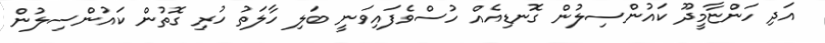
އަދި ހަންޏާމީދޫ ކައުންސިލުން ގޮނޑިއެއް ހުސްވެފައިވަނީ ބަލި ހާލަތު ހުރި ގޮތުން ކައުންސިލުން